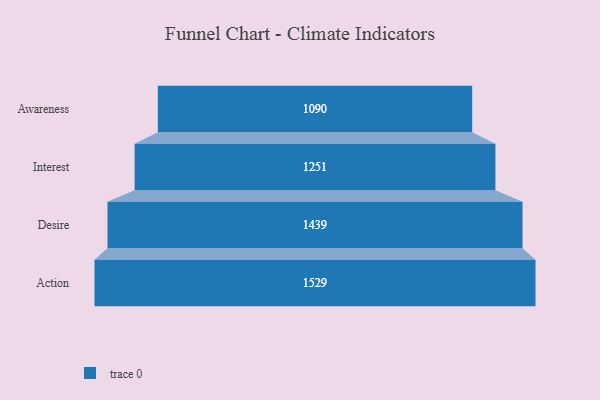
{"axis": {"x": "Stage", "y": "Value"}, "legend": [""], "data": [{"x": "Awareness", "y": 1090.0, "type": ""}, {"x": "Interest", "y": 1251.0, "type": ""}, {"x": "Desire", "y": 1439.0, "type": ""}, {"x": "Action", "y": 1529.0, "type": ""}]}